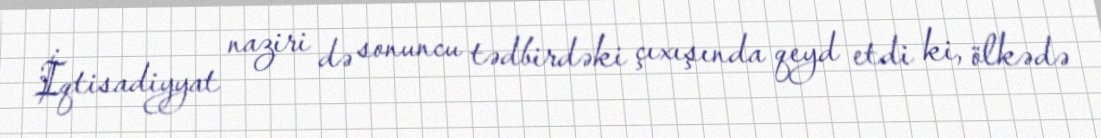
İqtisadiyyat naziri də sonuncu tədbirdəki çıxışında qeyd etdi ki, ölkədə